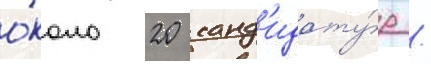
о́коло 20 канд'идату́р /